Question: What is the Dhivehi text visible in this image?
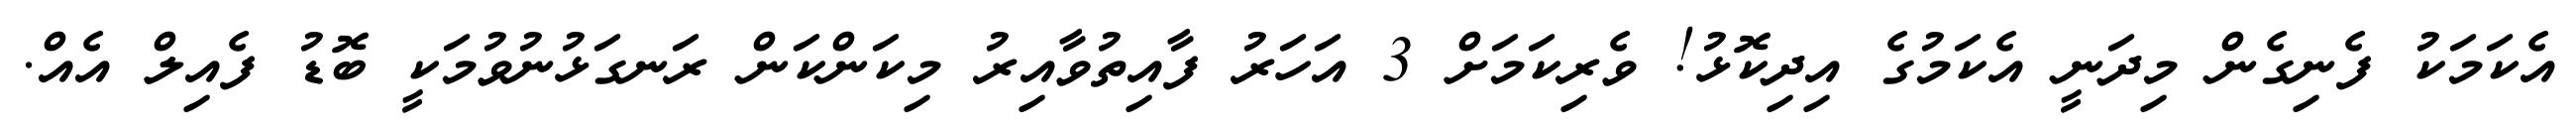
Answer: އެކަމަކު ފެނިގެން މިދަނީ އެކަމުގެ އިދިކޮޅު! ވެރިކަމަށް 3 އަހަރު ފާއިތުވާއިރު މިކަންކަން ރަނގަޅުނުވުމަކީ ބޮޑު ފެއިލް އެއް.